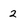
Character: 2